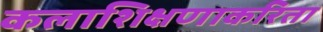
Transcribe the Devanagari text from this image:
कलाशिक्षणाकरिता